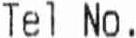
TEL NO.